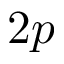
2 p